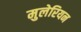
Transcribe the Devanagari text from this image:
मुलेरियन